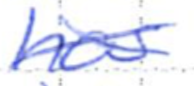
Text: has
Cross-out: cross
Writing tool: ballpoint